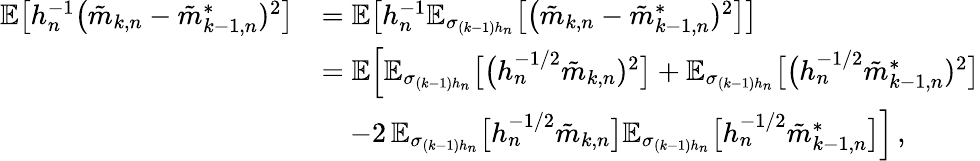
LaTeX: \begin{array}{rl}{\mathbb{E}\big[h_{n}^{-1}\big(\tilde{m}_{k,n}-\tilde{m}_{k-1,n}^{*})^{2}\big]}&{=\mathbb{E}\big[h_{n}^{-1}\mathbb{E}_{\sigma_{(k-1)h_{n}}}\big[\big(\tilde{m}_{k,n}-\tilde{m}_{k-1,n}^{*})^{2}\big]\big]}\\ &{=\mathbb{E}\Big[\mathbb{E}_{\sigma_{(k-1)h_{n}}}\big[\big(h_{n}^{-1/2}\tilde{m}_{k,n})^{2}\big]+\mathbb{E}_{\sigma_{(k-1)h_{n}}}\big[\big(h_{n}^{-1/2}\tilde{m}_{k-1,n}^{*})^{2}\big]}\\ &{\quad-2\, \mathbb{E}_{\sigma_{(k-1)h_{n}}}\big[h_{n}^{-1/2}\tilde{m}_{k,n}\big]\mathbb{E}_{\sigma_{(k-1)h_{n}}}\big[h_{n}^{-1/2}\tilde{m}_{k-1,n}^{*}\big]\Big]\, ,}\end{array}